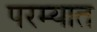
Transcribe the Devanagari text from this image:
परम्यात